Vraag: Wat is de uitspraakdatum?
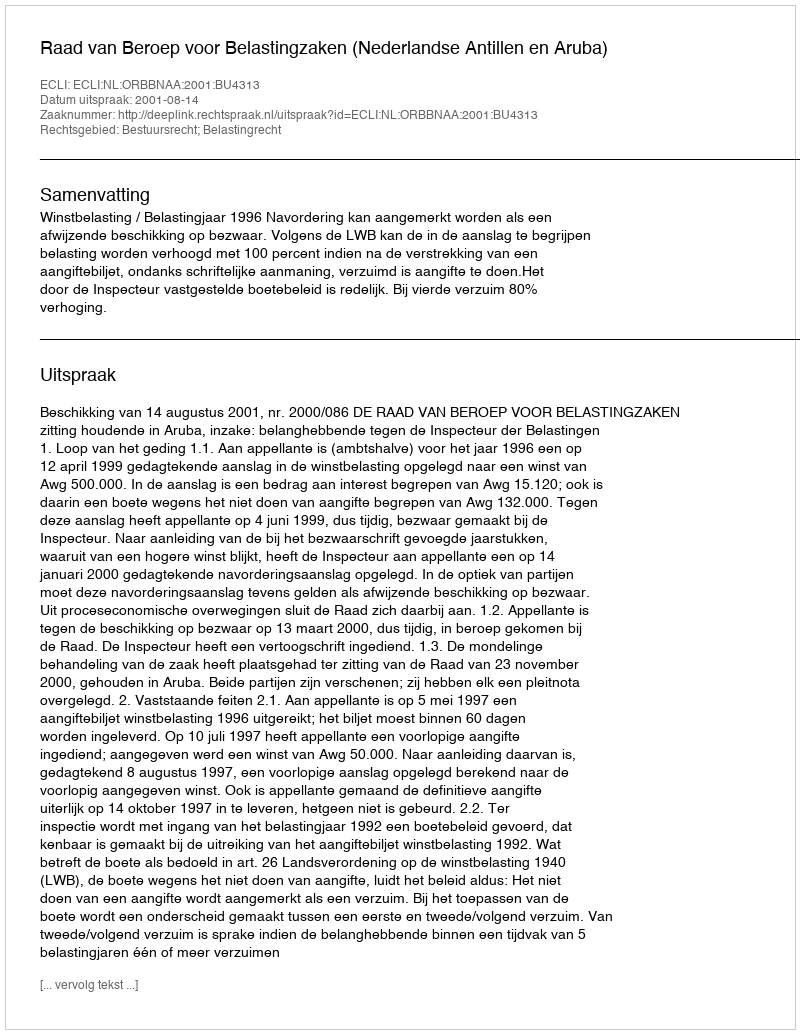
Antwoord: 2001-08-14